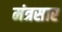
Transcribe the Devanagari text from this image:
मंत्रसार